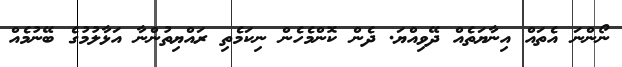
ނޯންނަ އެތައް އިނާޔަތެއް ދޭވިއްޔަ. ދެން ކޮންމެހެން ނިކަމެތި ރައްޔިތުންނާ އަޅާލުމުގެ ބޭނުމެއް